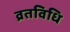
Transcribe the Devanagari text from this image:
व्रतविधि